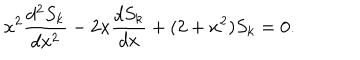
x ^ { 2 } \frac { d ^ { 2 } S _ { k } } { d x ^ { 2 } } - 2 x \frac { d S _ { k } } { d x } + ( 2 + x ^ { 2 } ) S _ { k } = 0 .